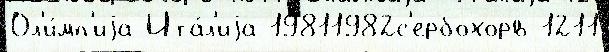
Ол'и́мп'иjа Ита́л'иjа 19811982с'ербохорв 1211